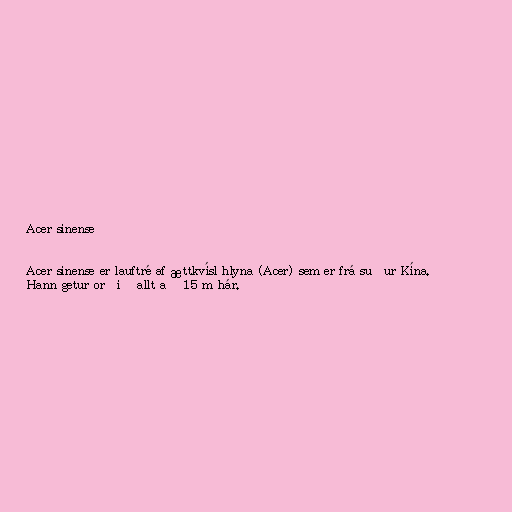
Acer sinense

Acer sinense er lauftré af ættkvísl hlyna (Acer) sem er frá suður Kína.
Hann getur orðið allt að 15 m hár.